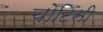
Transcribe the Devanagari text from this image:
चोटिसी